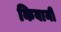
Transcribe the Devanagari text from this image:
किवानी